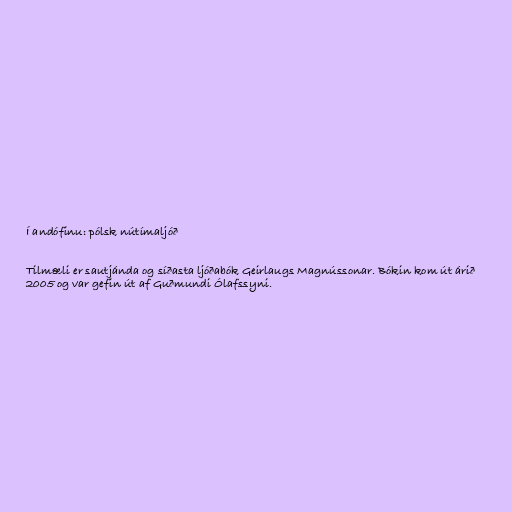
Í andófinu: pólsk nútímaljóð

Tilmæli er sautjánda og síðasta ljóðabók Geirlaugs Magnússonar. Bókin kom út árið
2005 og var gefin út af Guðmundi Ólafssyni.